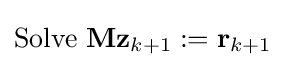
\mathrm {Solve} \ \mathbf {M} \mathbf {z} _{k+1}:=\mathbf {r} _{k+1}